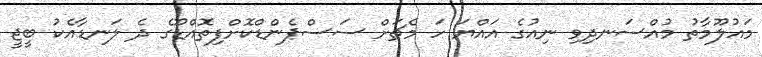
މައުލޫމާތު މުއްސަނދިވި ނިއުގެ އައްޔަ ހަ މެޗަށް ސަސްޕެންޑްކޮށްފިތޮއްޑޫގެ ދެ ލަނޑާއެކު ބީޖީ